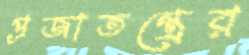
প্রজাতন্ত্রের